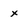
Character: x